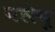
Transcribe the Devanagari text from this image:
पलेपू